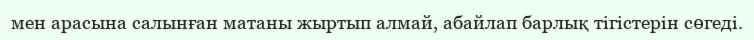
мен арасына салынған матаны жыртып алмай, абайлап барлық тігістерін сөгеді.